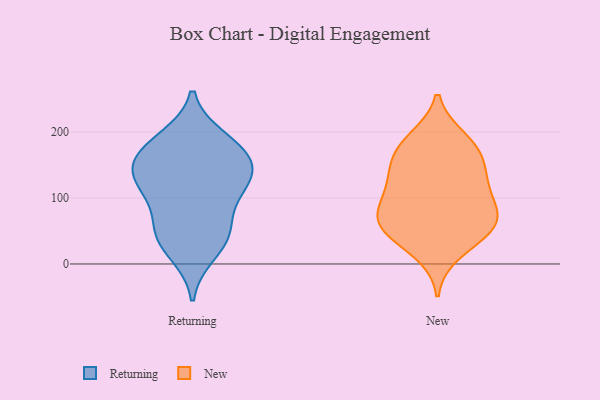
{"axis": {"x": "Waste Production (Tons)", "y": "Value"}, "legend": ["New", "Returning"], "data": [{"x": "", "y": 131, "type": "Returning"}, {"x": "", "y": 167, "type": "Returning"}, {"x": "", "y": 157, "type": "Returning"}, {"x": "", "y": 46, "type": "Returning"}, {"x": "", "y": 106, "type": "Returning"}, {"x": "", "y": 189, "type": "Returning"}, {"x": "", "y": 17, "type": "Returning"}, {"x": "", "y": 112, "type": "Returning"}, {"x": "", "y": 53, "type": "Returning"}, {"x": "", "y": 127, "type": "Returning"}, {"x": "", "y": 149, "type": "Returning"}, {"x": "", "y": 181, "type": "Returning"}, {"x": "", "y": 46, "type": "Returning"}, {"x": "", "y": 185, "type": "New"}, {"x": "", "y": 50, "type": "New"}, {"x": "", "y": 78, "type": "New"}, {"x": "", "y": 150, "type": "New"}, {"x": "", "y": 151, "type": "New"}, {"x": "", "y": 54, "type": "New"}, {"x": "", "y": 190, "type": "New"}, {"x": "", "y": 108, "type": "New"}, {"x": "", "y": 118, "type": "New"}, {"x": "", "y": 82, "type": "New"}, {"x": "", "y": 131, "type": "New"}, {"x": "", "y": 17, "type": "New"}, {"x": "", "y": 49, "type": "New"}, {"x": "", "y": 57, "type": "New"}, {"x": "", "y": 174, "type": "New"}, {"x": "", "y": 80, "type": "New"}]}